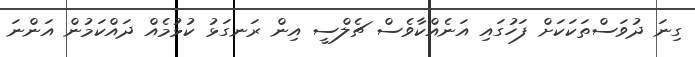
ގިނަ ދުވަސްތަކަކަށް ފަހުގައި އަނެއްކާވެސް ޗެލްސީ އިން ރަނގަޅު ކުޅުމެއް ދައްކަމުން އަންނަ